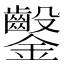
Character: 𨰢